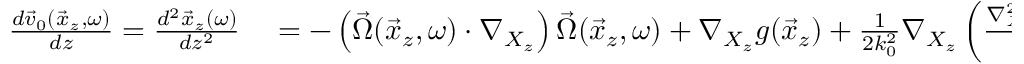
\begin{array} { r l } { \frac { d \vec { v } _ { 0 } ( \vec { x } _ { z } , \omega ) } { d z } = \frac { d ^ { 2 } \vec { x } _ { z } ( \omega ) } { d z ^ { 2 } } } & { { } = - \left( \vec { \Omega } ( \vec { x } _ { z } , \omega ) \cdot \nabla _ { X _ { z } } \right) \vec { \Omega } ( \vec { x } _ { z } , \omega ) + \nabla _ { X _ { z } } g ( \vec { x } _ { z } ) + \frac { 1 } { 2 k _ { 0 } ^ { 2 } } \nabla _ { X _ { z } } \left( \frac { \nabla _ { X _ { z } } ^ { 2 } \rho _ { 0 } ^ { 1 / 2 } ( \vec { x } _ { z } , \omega ) } { \rho _ { 0 } ^ { 1 / 2 } ( \vec { x } _ { z } , \omega ) } \right) . } \end{array}